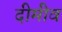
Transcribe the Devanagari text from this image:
दीमीव